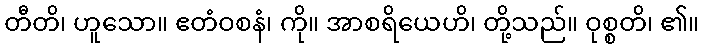
တီတိ၊ ဟူသော။ ဧတံဝစနံ၊ ကို။ အာစရိယေဟိ၊ တို့သည်။ ဝုစ္စတိ၊ ၏။